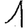
Digit: 1